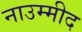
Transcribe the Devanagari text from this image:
नाउम्मीद